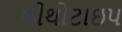
લીથોટાઇપ